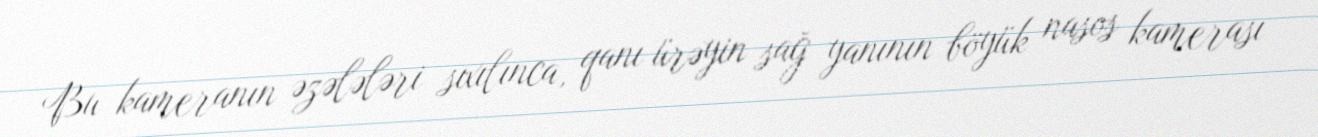
Bu kameranın əzələləri sıxılınca, qanı ürəyin sağ yanının böyük nasos kamerası